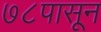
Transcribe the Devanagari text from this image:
७८पासून